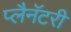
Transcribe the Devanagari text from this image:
प्लैनॅटरी